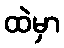
ထဲမှာ